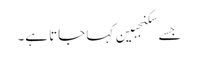
جسے سکنجبین کہا جاتا ہے۔